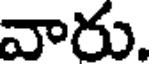
వారు.